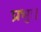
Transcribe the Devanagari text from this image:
प्रभुः।